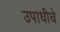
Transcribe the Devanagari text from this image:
उपाधीचे